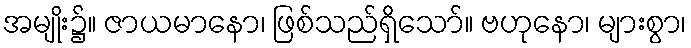
အမျိုး၌။ ဇာယမာနော၊ ဖြစ်သည်ရှိသော်။ ဗဟုနော၊ များစွာ၊